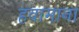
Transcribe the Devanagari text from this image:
हवामाना